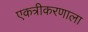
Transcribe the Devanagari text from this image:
एकत्रीकरणाला